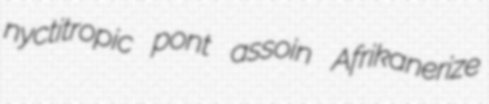
nyctitropic pont assoin Afrikanerize